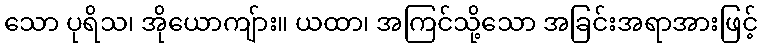
သော ပုရိသ၊ အိုယောကျ်ား။ ယထာ၊ အကြင်သို့သော အခြင်းအရာအားဖြင့်